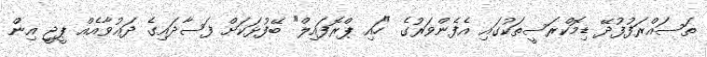
ތަސައްރަފުފުދޭ ޑިމޮކްރަސީތަކުގައި އެފެންވަރުގެ "ހައި ޕްރޮފައިލް" ބޭފުޅަކަށް ފަސާދައިގެ ދަޢުވާއެއް ޕީޖީ އިން